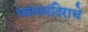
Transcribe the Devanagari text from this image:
ध्यानमंदिराचे